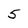
Character: 5